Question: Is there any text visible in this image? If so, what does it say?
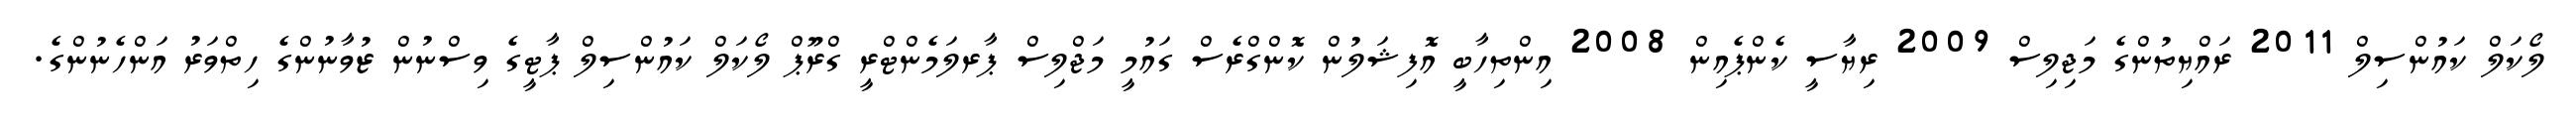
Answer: ލޯކަލް ކައުންސިލް 2011 ރައްޔިތުންގެ މަޖިލިސް 2009 ރިޔާސީ ކެންޕެއިން 2008 އިންތިހާބީ އޮފިޝަލުން ކޮންގްރެސް ގައުމީ މަޖްލިސް ޕާރލަމެންޓްރީ ގްރޫޕް ލޯކަލް ކައުންސިލް ޕާޓީގެ ވިސްނުން ޒުވާނުންގެ ހިތްވަރު އަންހެނުންގެ.